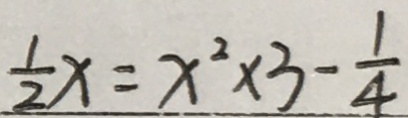
\frac { 1 } { 2 } x = x ^ { 2 } \times 3 - \frac { 1 } { 4 }